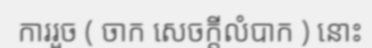
ការរួច ( ចាក សេចក្តីលំបាក ) នោះ